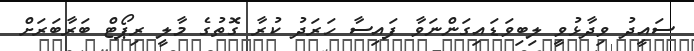
ސައީދު ވިދާޅުވީ ލިބިވަޑައިގަންނަވާ ފައިސާ ހަރަދު ކުރާ ގޮތުގެ މާލީ ރިޕޯޓް ބަރާބަރަށް